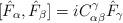
LaTeX: \begin{align*}[\hat F_\alpha ,\hat F_\beta ]=iC_{\alpha \beta }^\gamma \hat F_\gamma\end{align*}